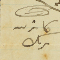
كاترين يزبك